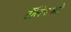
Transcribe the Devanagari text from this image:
टॅलियाफेरो